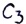
Text: C3